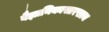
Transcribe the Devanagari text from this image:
वैज्ञानिकासारखाच